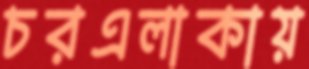
চরএলাকায়